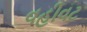
વહીવટ